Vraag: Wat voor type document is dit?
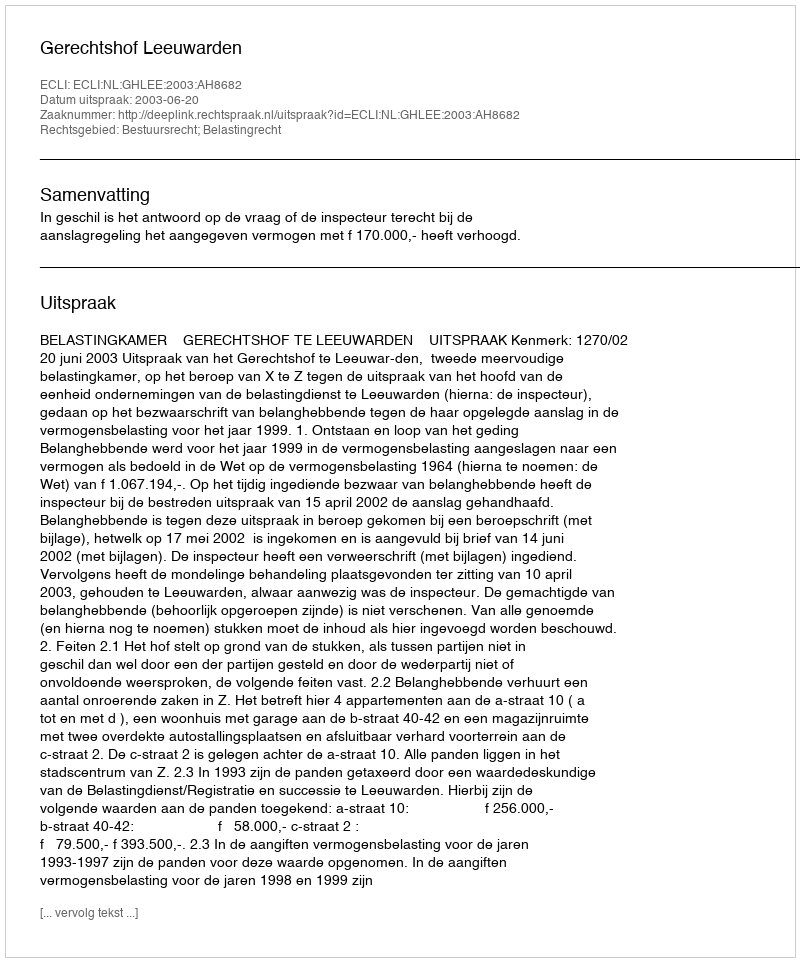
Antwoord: Uitspraak